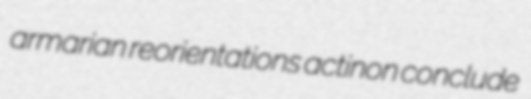
armarian reorientations actinon conclude